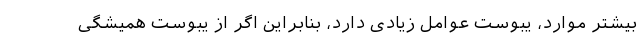
بیشتر موارد، یبوست عوامل زیادی دارد، بنابراین اگر از یبوست همیشگی